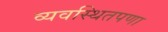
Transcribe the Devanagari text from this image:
व्यवस्थितपणा